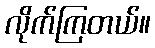
လိုက်ကြတယ်။